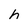
Character: h